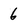
Character: 6